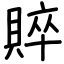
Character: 賥